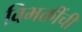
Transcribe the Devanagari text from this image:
विभक्तींची